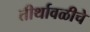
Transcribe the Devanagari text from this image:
तीर्थावळीचे